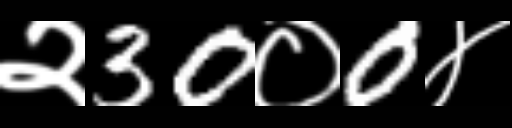
Text: २30०0४